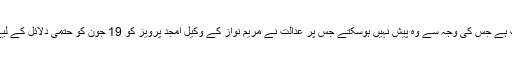
معاون وکیل محمد اورنگزیب ایڈووکیٹ نے عدالت کو بتایا کہ امجد پرویز کی طبیعت خراب ہے جس کی وجہ سے وہ پیش نہیں ہوسکتے جس پر عدالت نے مریم نواز کے وکیل امجد پرویز کو 19 جون کو حتمی دلائل کے لیے آخری موقع دے دیا اور کیس کی مزید سماعت بھی اسی روز کے لیے ملتوی کردی گئی۔